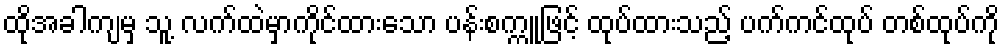
ထိုအခါကျမှ သူ့ လက်ထဲမှာကိုင်ထားသော ပန်းစက္ကူဖြင့် ထုပ်ထားသည့် ပက်ကင်ထုပ် တစ်ထုပ်ကို